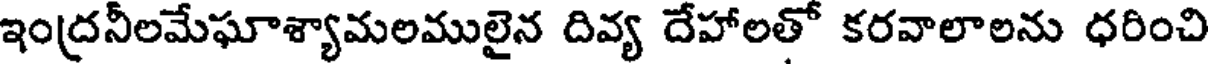
ఇంద్రనీలమేఘాశ్యామలములైన దివ్య దేహాలతో కరవాలాలను ధరించి